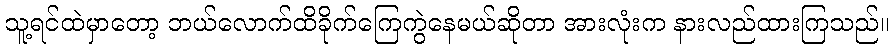
သူ့ရင်ထဲမှာတော့ ဘယ်လောက်ထိခိုက်ကြေကွဲနေမယ်ဆိုတာ အားလုံးက နားလည်ထားကြသည်။